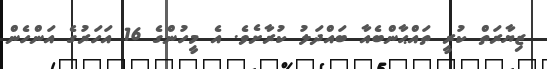
ޒިޔާރަތް ކުރީ ތައްޙާންބެއާ ބައްދަލު ކުރާށެވެ. އެ މީހުންގެ 16 އަހަރުގެ އަންހެން